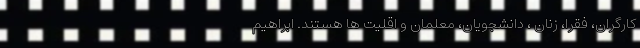
کارگران، فقرا، زنان ، دانشجویان، معلمان و اقلیت ها هستند. ابراهیم